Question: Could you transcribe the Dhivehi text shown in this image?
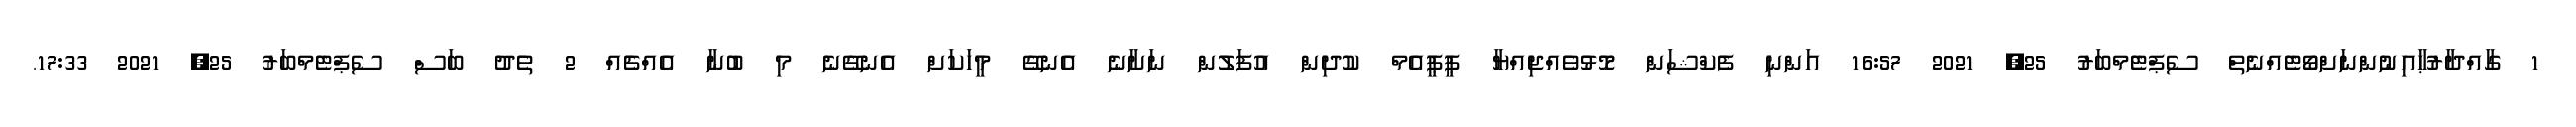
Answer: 1 ގާއްދާރުޙާއިނުންނަށްވޯޓެއްނެތް ސެޕްޓެމްބަރު 25, 2021 16:57 އަންނި ފެކްޝަން މޮޅުވެއްޖިއްޔާ ޕީޕީއެމް ކުދިން އުފަލުން ނަށާނެ އެނގޭ މީހަކަށް އެނގޭނެ މި ބުނާ އެއްޗެއް 2 ތެދު ބަސް ސެޕްޓެމްބަރު 25, 2021 17:33.